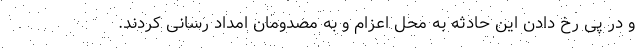
و در پی رخ دادن این حادثه به محل اعزام و به مصدومان امداد رسانی کردند.